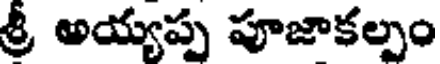
శ్రీ అయ్యప్ప పూజాకల్పం